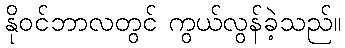
နိုဝင်ဘာလတွင် ကွယ်လွန်ခဲ့သည်။